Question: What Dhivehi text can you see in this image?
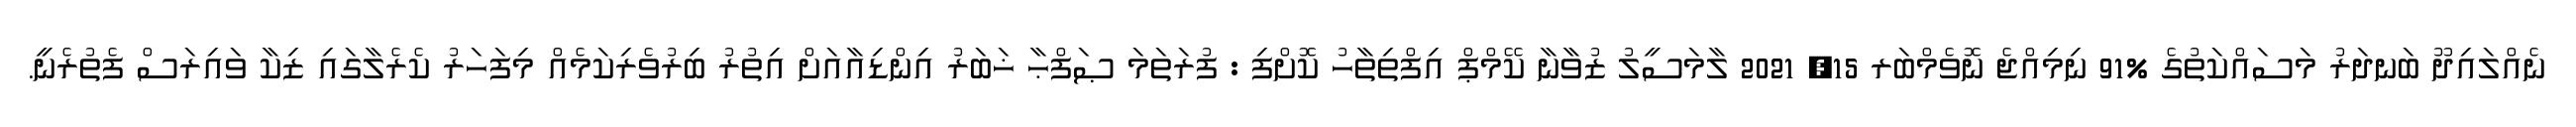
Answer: ނެއްލައިދޫ ބަނދަރު މަސައްކަތުގެ %91 ނިމިއްޖެ ނޮވެމްބަރ 15, 2021 ލާމަސީލު ޒުވާނާ ކޭމްޕް އިފްތިތާހު ކޮށްފި : ފުރަތަމަ ޞަފްޙާ ޚަބަރު އިންޑިއާއަށް އިތުރު ބިރުވެރިކަމެއް މިފަހަރު ކެރެލާގައި ޒިކާ ވައިރަސް ފެތުރެނީ.